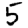
Digit: 5